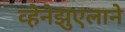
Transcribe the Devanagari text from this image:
व्हेनेझुएलाने